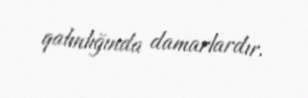
qalınlığında damarlardır.